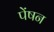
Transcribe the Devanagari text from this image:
पेंषन